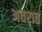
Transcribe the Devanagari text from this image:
अत्तरात